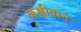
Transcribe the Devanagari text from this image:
कक्षीवान्‌